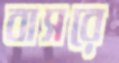
বাসরে